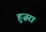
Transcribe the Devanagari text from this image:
हुज़रा